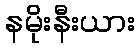
နမိုးနီးယား